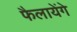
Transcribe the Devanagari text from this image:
फैलायेंगे